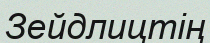
Зейдлицтің